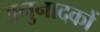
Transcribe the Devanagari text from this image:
अनुनादकों